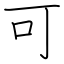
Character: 可